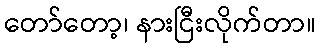
တော်တော့၊ နားငြီးလိုက်တာ။